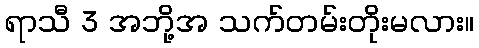
ရာသီ 3 အဘို့အ သက်တမ်းတိုးမလား။